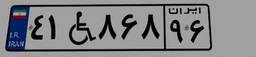
۹۶W۴۸۸۷۲